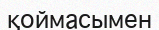
қоймасымен